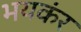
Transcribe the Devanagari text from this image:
भयकंर